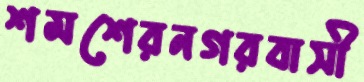
শমশেরনগরবাসী